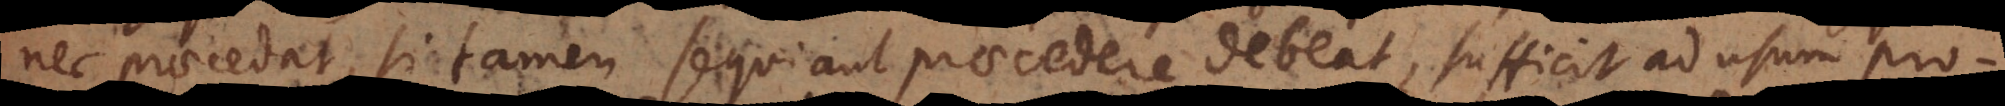
nec praecedat, si tamen sequi aut praecedere debeat, sufficit ad usum prono